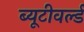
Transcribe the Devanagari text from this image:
ब्यूटीवर्ल्ड